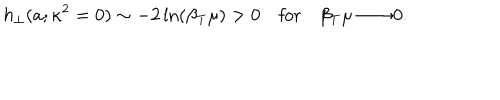
LaTeX: h _ { \perp } ( a ; \kappa ^ { 2 } = 0 ) \sim - 2 \ln ( \beta _ { T } \mu ) > 0 \quad \mathrm { f o r } \quad \beta _ { T } \mu \longrightarrow 0 .